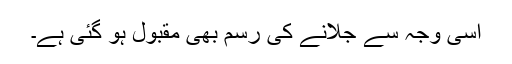
اسی وجہ سے جلانے کی رسم بھی مقبول ہو گئی ہے۔